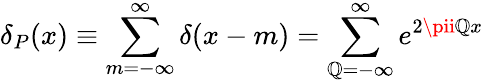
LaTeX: \delta_{P}(x)\equiv\sum_{m=-\infty}^{\infty}\delta(x-m)=\sum_{\mathbb{Q}=-\infty}^{\infty}e^{2\pii\mathbb{Q}x}